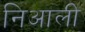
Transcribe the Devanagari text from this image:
निआली